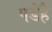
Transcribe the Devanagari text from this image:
पडेहै